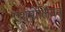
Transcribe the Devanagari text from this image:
एशमोलियन